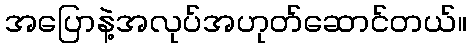
အပြောနဲ့အလုပ်အဟုတ်ဆောင်တယ်။